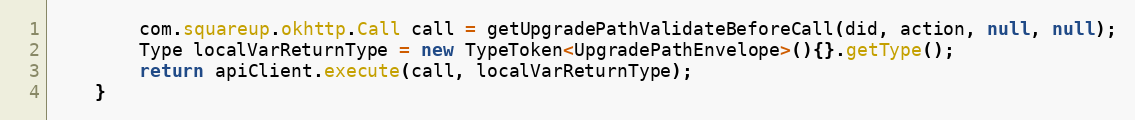
Language: Java
        com.squareup.okhttp.Call call = getUpgradePathValidateBeforeCall(did, action, null, null);
        Type localVarReturnType = new TypeToken<UpgradePathEnvelope>(){}.getType();
        return apiClient.execute(call, localVarReturnType);
    }